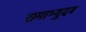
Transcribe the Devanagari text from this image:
रामाभ्युदय